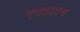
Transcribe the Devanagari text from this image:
एवढय़ाच